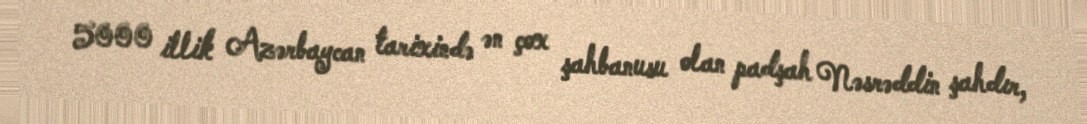
5000 illik Azərbaycan tarixində ən çox şahbanusu olan padşah Nəsrəddin şahdır,